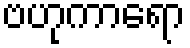
ဗဟုကာရော